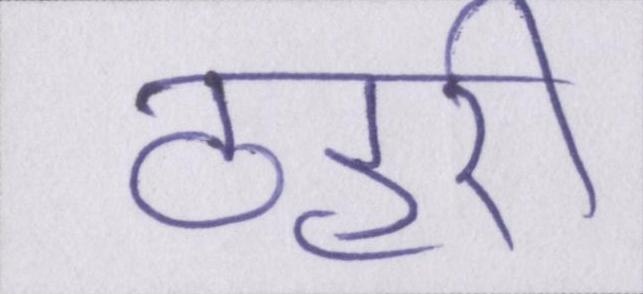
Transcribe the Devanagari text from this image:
ठहरी